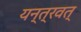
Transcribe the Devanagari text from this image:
यन्त्रवत्